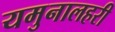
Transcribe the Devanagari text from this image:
यमुनालहरी